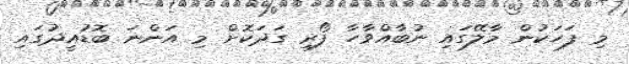
މި ފަހަކުން މާލޭގައި ނުބާއްވާހާ ފޯރި ގަދަކޮށް މި އަންނަ ބޮޑުއީދުގައި